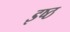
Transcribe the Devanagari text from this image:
इष्ठ